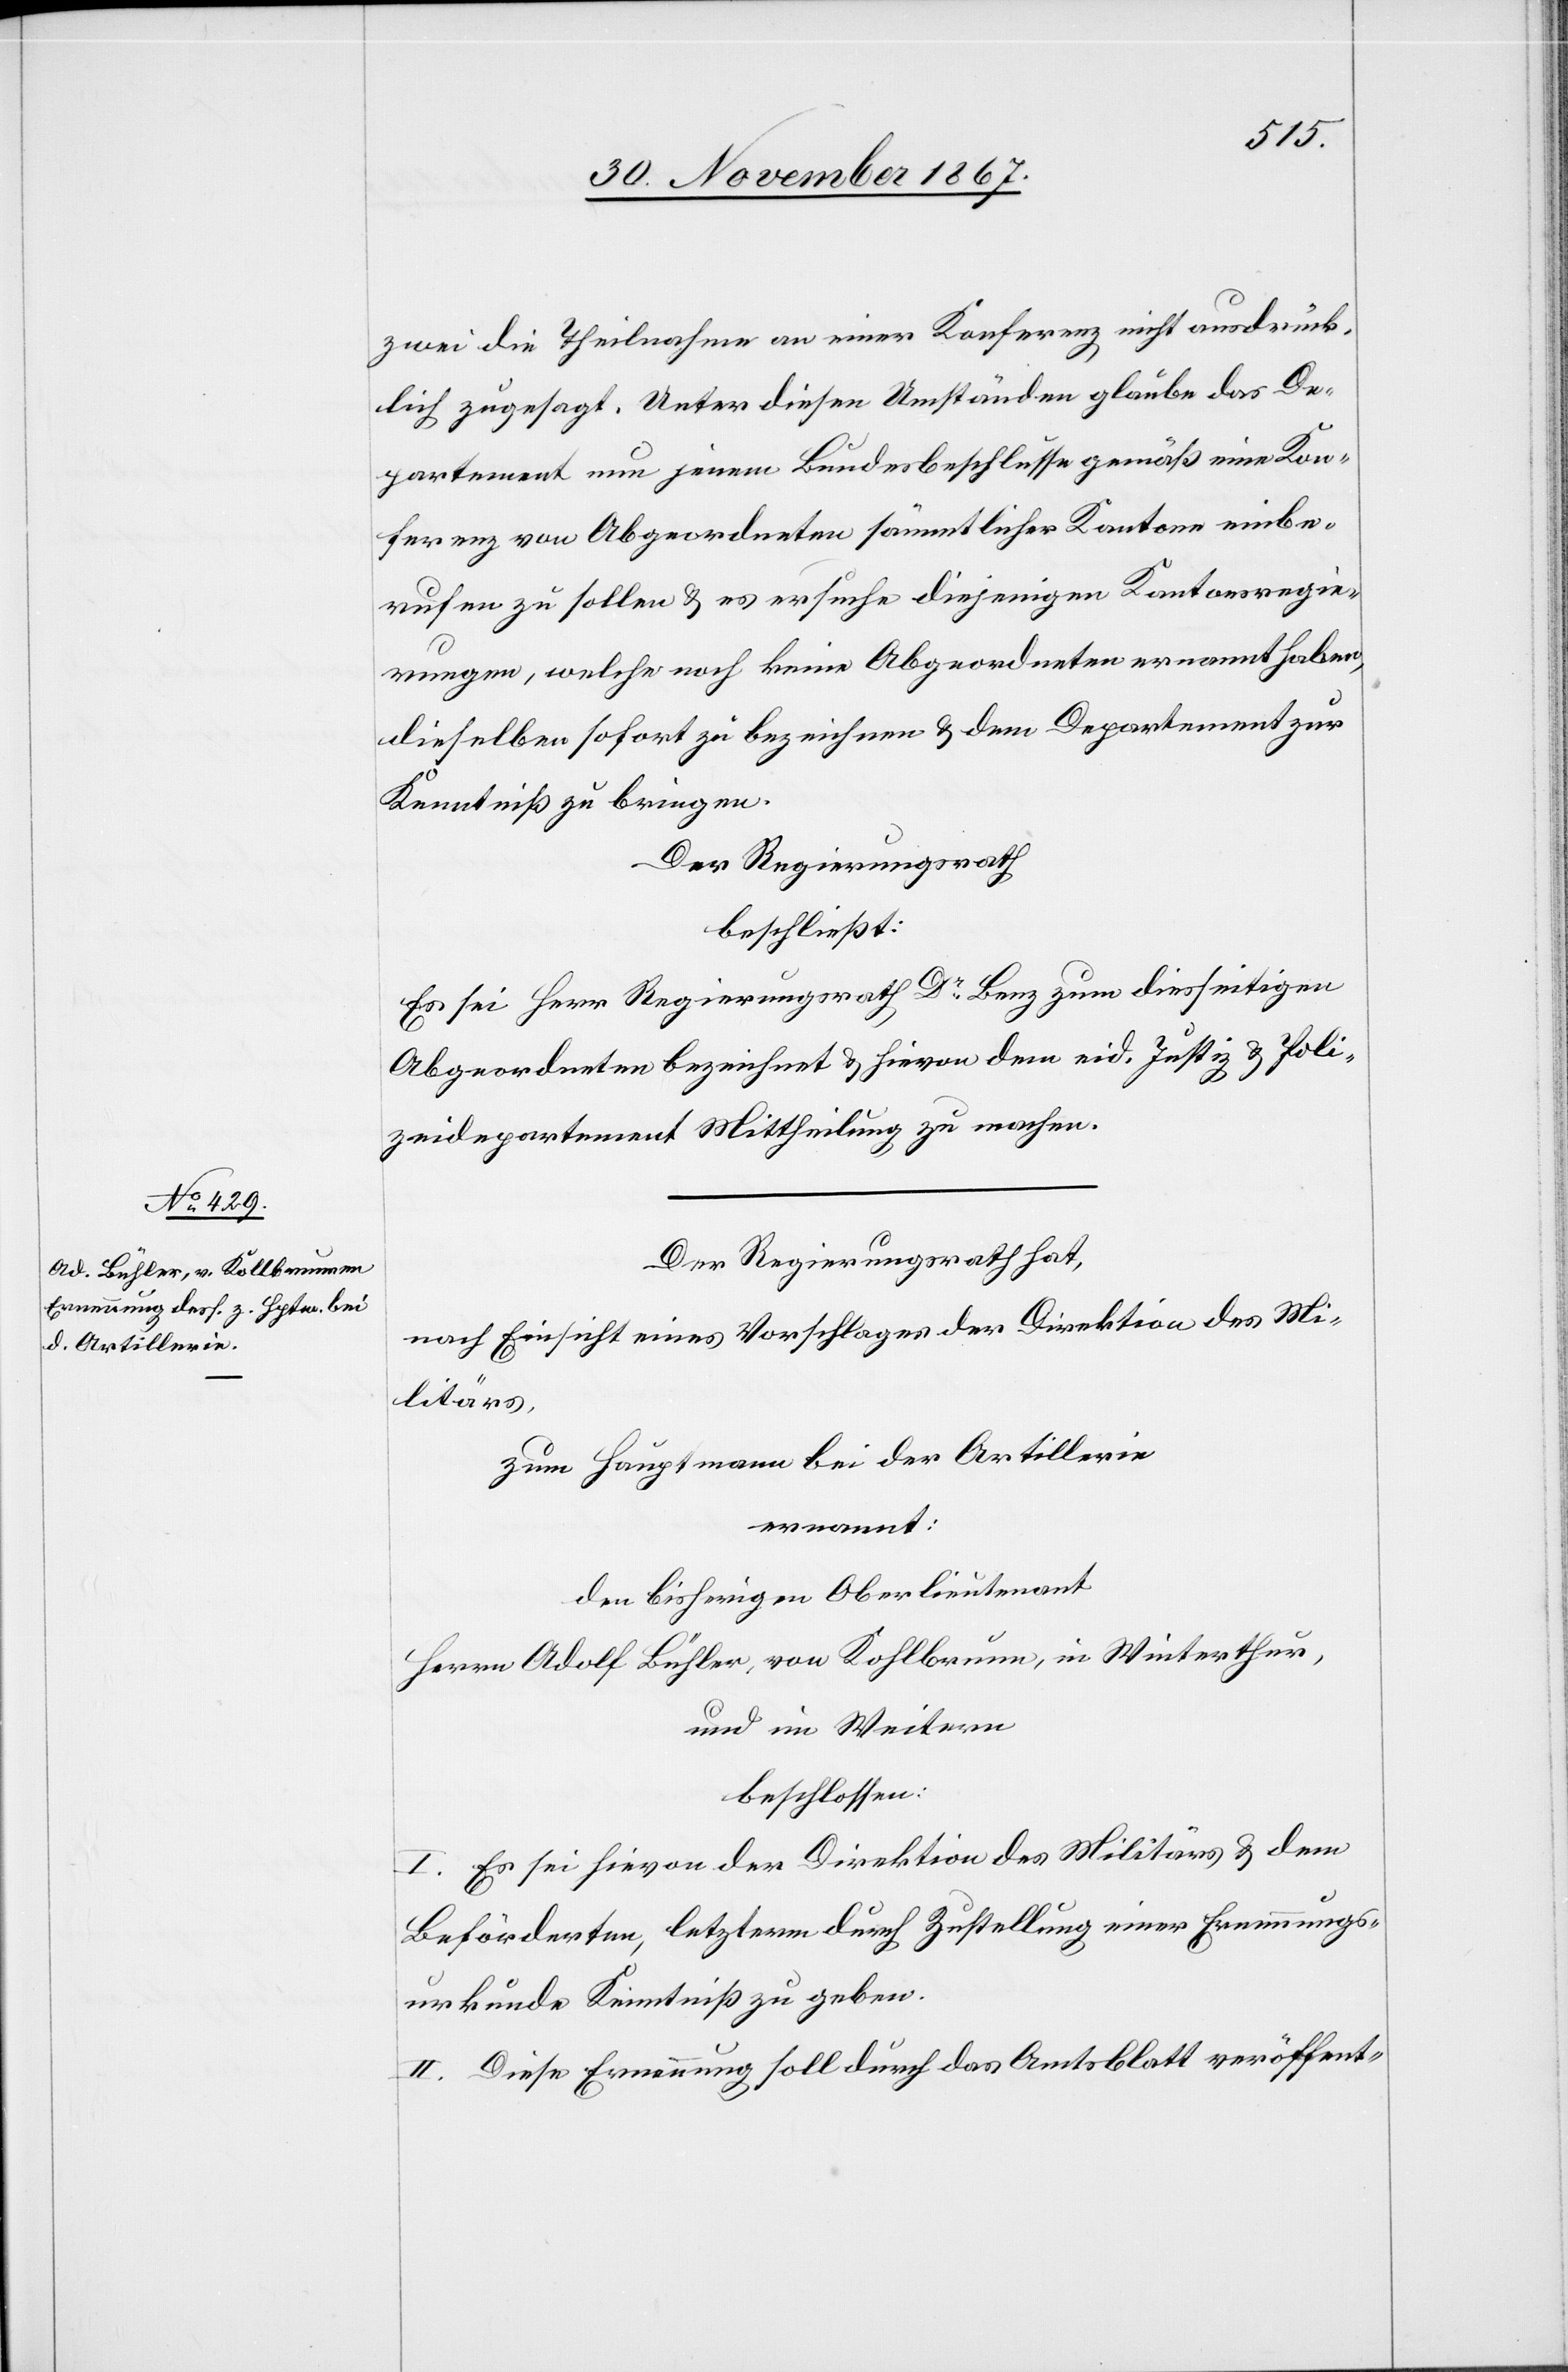
zwei die Theilnahme an einer Konferenz nicht ausdrück¬
lich zugesagt. Unter diesen Umständen glaube das De¬
partement nun jenem Bundesbeschlusse gemäß eine Kon¬
ferenz von Abgeordneten sämmtlicher Kantone einbe¬
rufen zu sollen u. es ersuche diejenigen Kantonsregie¬
rungen, welche noch keine Abgeordneten ernannt haben,
dieselben sofort zu bezeichnen u. dem Departement zur
Kenntniß zu bringen.
Der Regierungsrath
beschließt:
Es sei Herr Regierungsrath Dr. Benz zum diesseitigen
Abgeordneten bezeichnet u. hievon dem eid. Justiz- u. Poli¬
zeidepartement Mittheilung zu machen.
Der Regierungsrath hat,
nach Einsicht eines Vorschlages der Direktion des Mi¬
litärs,
zum Hauptmann bei der Artillerie
ernannt:
den bisherigen Oberlieutenant
Herrn Adolf Bühler, von Kollbrunn, in Winterthur,
und im Weitern
beschlossen:
I. Es sei hievon der Direktion des Militärs u. dem
Beförderten, letzterm durch Zustellung einer Ernennungs¬
urkunde Kenntniß zu geben.
II. Die Ernennung soll durch das Amtsblatt veröffent-